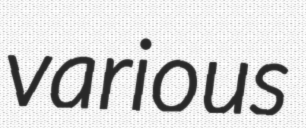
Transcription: various